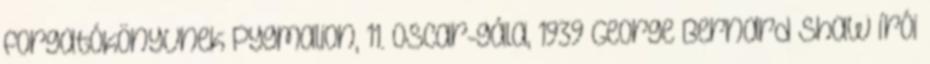
forgatókönyvnek Pygmalion, 11. Oscar-gála, 1939 George Bernard Shaw írói